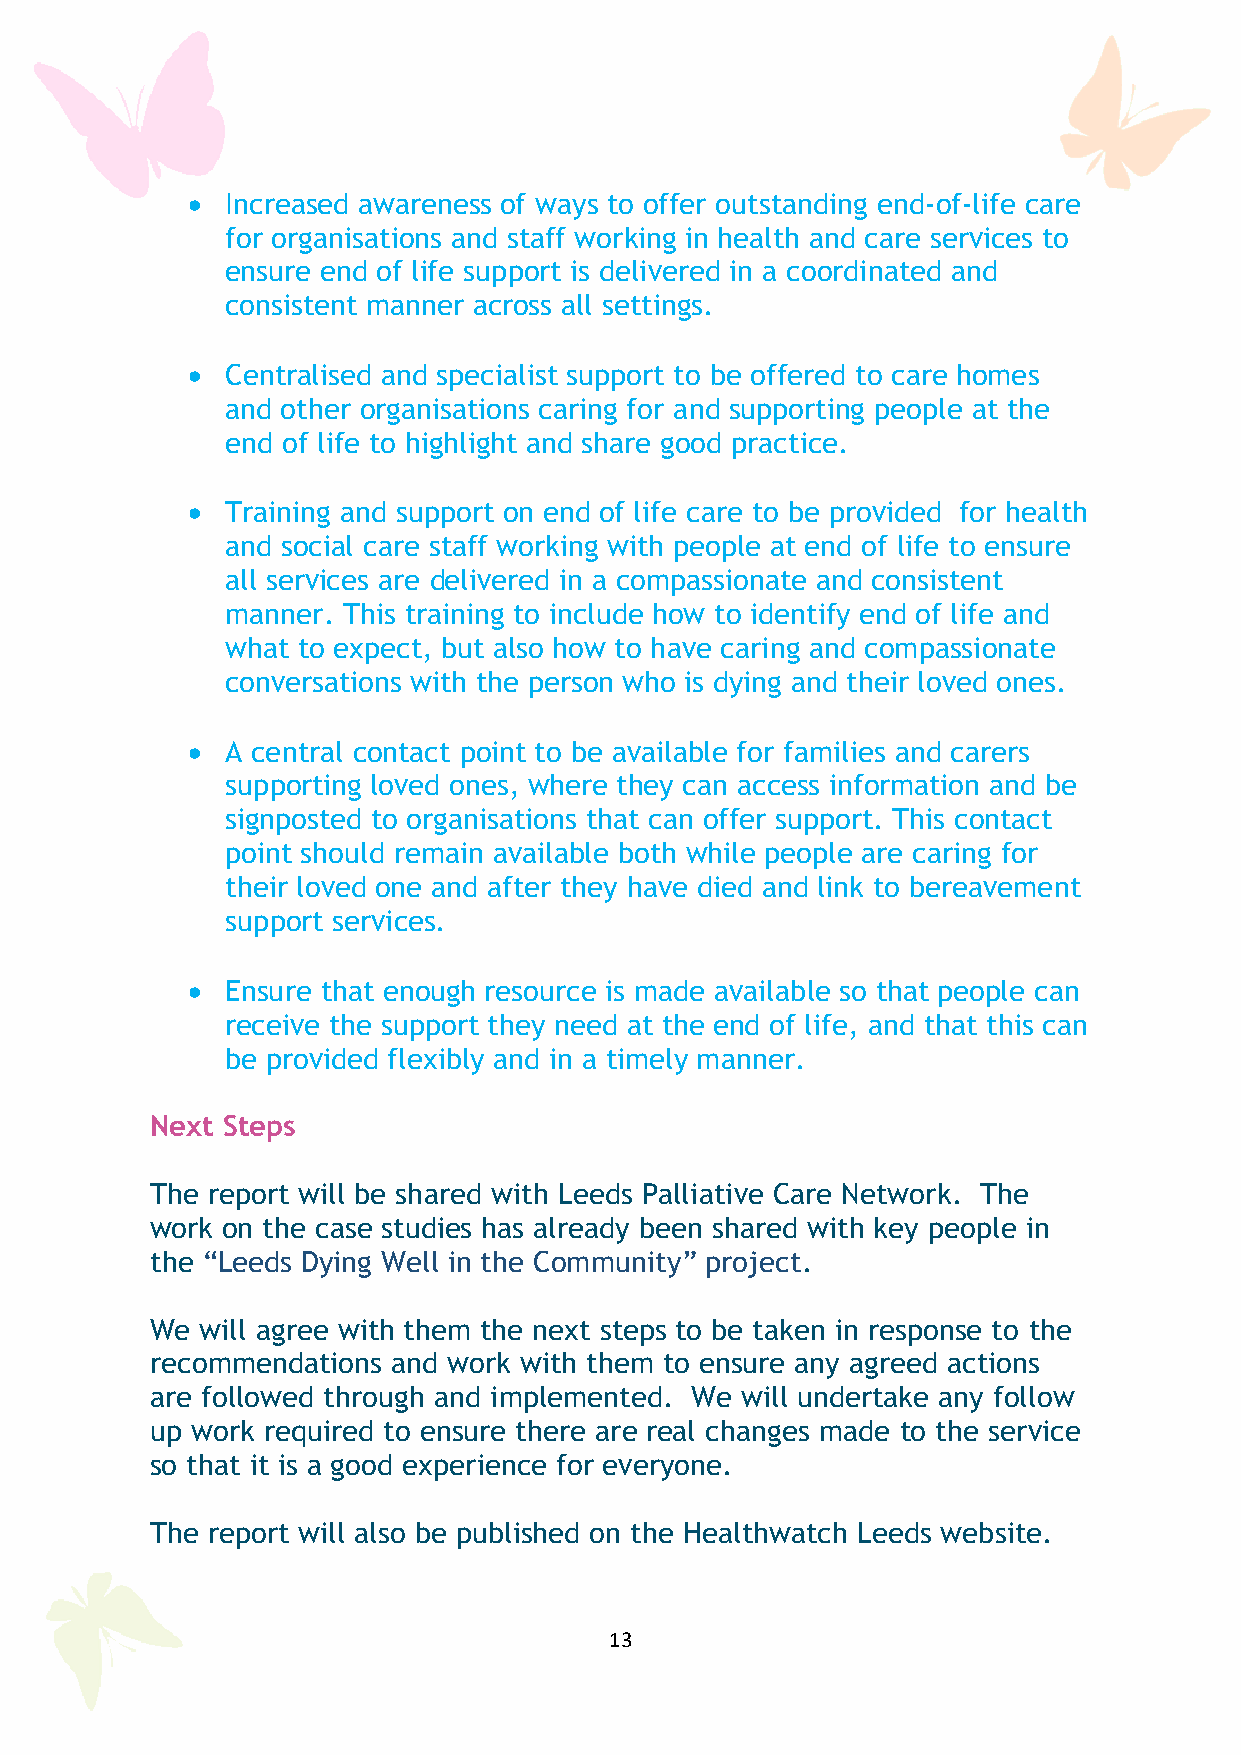
•  Increased awareness of ways to offer outstanding end-of-life care
 for organisations and staff working in health and care services to
 ensure end of life support is delivered in a coordinated and
 consistent manner across all settings.
 •  Centralised and specialist support to be offered to care homes
 and other organisations caring for and supporting people at the
 end of life to highlight and share good practice.
 •  Training and support on end of life care to be provided for health
 and social care staff working with people at end of life to ensure
 all services are delivered in a compassionate and consistent
 manner. This training to include how to identify end of life and
 what to expect, but also how to have caring and compassionate
 conversations with the person who is dying and their loved ones.
 •  A central contact point to be available for families and carers
 supporting loved ones, where they can access information and be
 signposted to organisations that can offer support. This contact
 point should remain available both while people are caring for
 their loved one and after they have died and link to bereavement
 support services.
 •  Ensure that enough resource is made available so that people can
 receive the support they need at the end of life, and that this can
 be provided flexibly and in a timely manner.
 Next Steps
 The report will be shared with Leeds Palliative Care Network. The
 work on the case studies has already been shared with key people in
 the “Leeds Dying Well in the Community” project.
 We will agree with them the next steps to be taken in response to the
 recommendations and work with them to ensure any agreed actions
 are followed through and implemented. We will undertake any follow
 up work required to ensure there are real changes made to the service
 so that it is a good experience for everyone.
 The report will also be published on the Healthwatch Leeds website.
 13